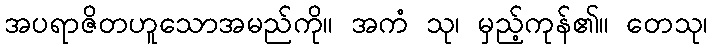
အပရာဇိတဟူသောအမည်ကို။ အကံ သု၊ မှည့်ကုန်၏။ တေသု၊